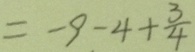
= - 9 - 4 + \frac { 3 } { 4 }